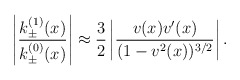
\begin{align*}\left| \frac{k^{(1)}_{\pm}(x)}{k^{(0)}_{\pm}(x)} \right| \approx\frac{3}{2} \left| \frac{v(x) v^{\prime}(x)}{(1-v^2(x))^{3/2}} \right|.\end{align*}